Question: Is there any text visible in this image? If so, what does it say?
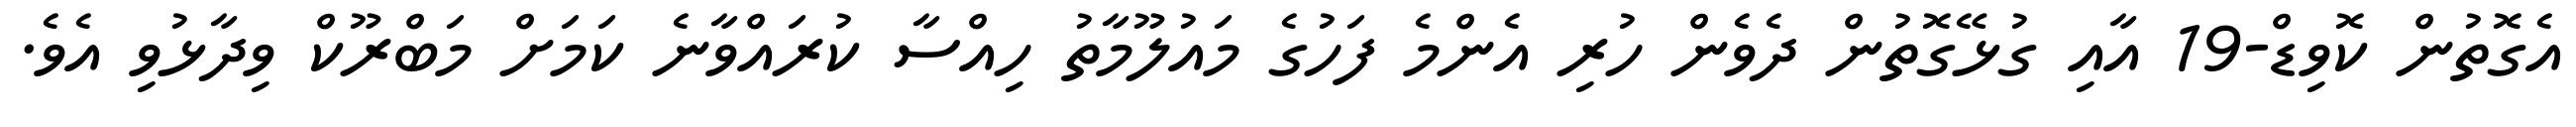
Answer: އެގޮތުން ކޮވިޑް-19 އާއި ގުޅޭގޮތުން ދެވެން ހުރި އެންމެ ފަހުގެ މައުލޫމާތު ހިއްސާ ކުރައްވާނެ ކަމަށް މަބްރޫކް ވިދާޅުވި އެވެ.